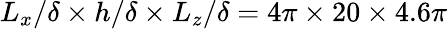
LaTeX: L_{x}/\delta\times h/\delta\times L_{z}/\delta=4\pi\times 20\times 4.6\pi